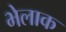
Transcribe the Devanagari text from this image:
भेलाक